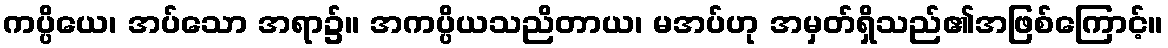
ကပ္ပိယေ၊ အပ်သော အရာ၌။ အကပ္ပိယသညိတာယ၊ မအပ်ဟု အမှတ်ရှိသည်၏အဖြစ်ကြောင့်။